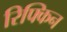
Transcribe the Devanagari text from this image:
रिफ्किन